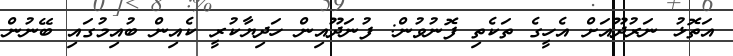
އަތޮޅު ނަރުދޫއަށް އެހީގެ ތަކެތި ފޮނުވުން: ފުނަދޫއިން ހަދިޔާކުރީ ކެއިން ބުއިމުގައި ބޭނުން